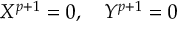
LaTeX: X ^ { p + 1 } = 0 , \quad Y ^ { p + 1 } = 0